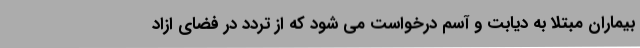
بیماران مبتلا به دیابت و آسم درخواست می شود که از تردد در فضای ازاد